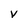
Character: v